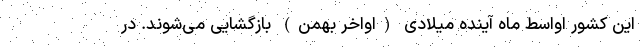
این کشور اواسط ماه آینده میلادی (اواخر بهمن) بازگشایی می‌شوند. در